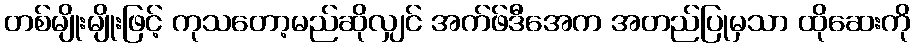
တစ်မျိုးမျိုးဖြင့် ကုသတော့မည်ဆိုလျှင် အက်ဖ်ဒီအေက အတည်ပြုမှသာ ထိုဆေးကို